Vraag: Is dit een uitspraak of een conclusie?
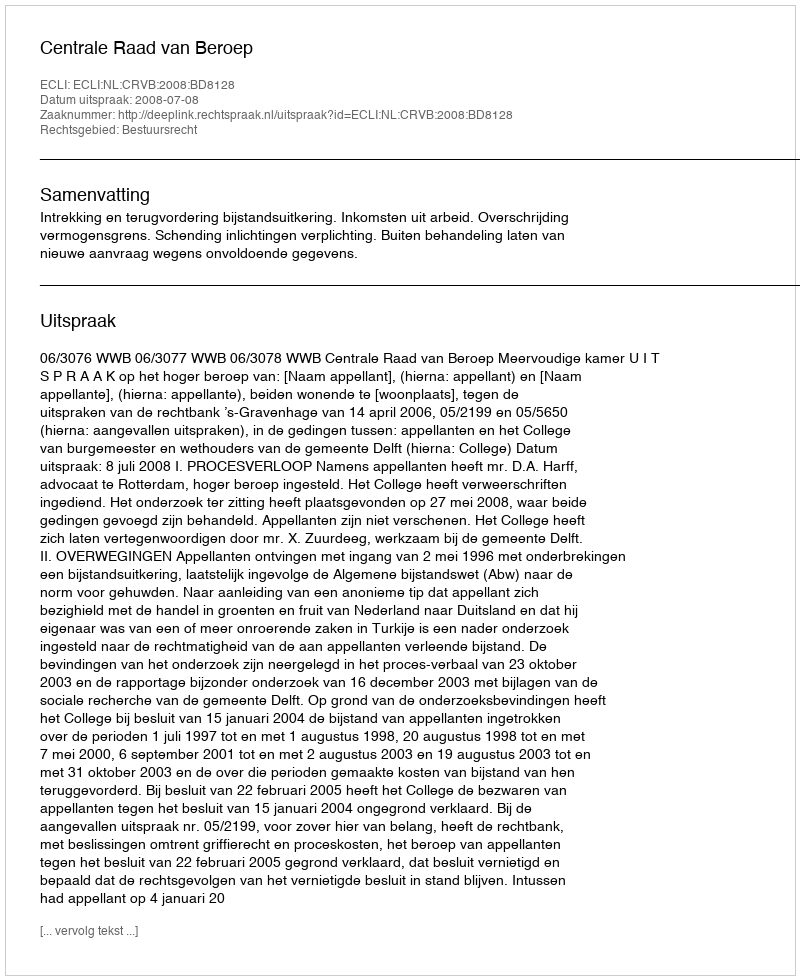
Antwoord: Uitspraak